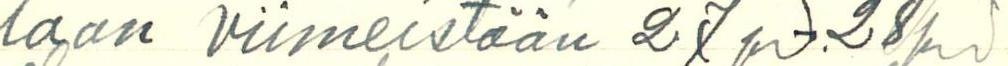
laan viimeistään 27 pv-.28pv.